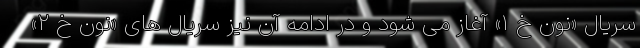
سریال «نون خ ۱» آغاز می شود و در ادامه آن نیز سریال های «نون خ ۲»